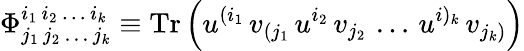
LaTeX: \Phi_{j_{1}\, j_{2}\, \dots\, j_{k}}^{i_{1}\, i_{2}\, \dots\, i_{k}}\equiv\mathrm{Tr}\left(u^{(i_{1}}\, v_{(j_{1}}\, u^{i_{2}}\, v_{j_{2}}\, \dots\, u^{i)_{k}}\, v_{j_{k})}\right)